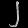
Digit: ၂